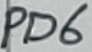
Text: PD&